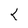
Character: K